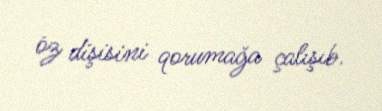
öz dişisini qorumağa çalışıb.